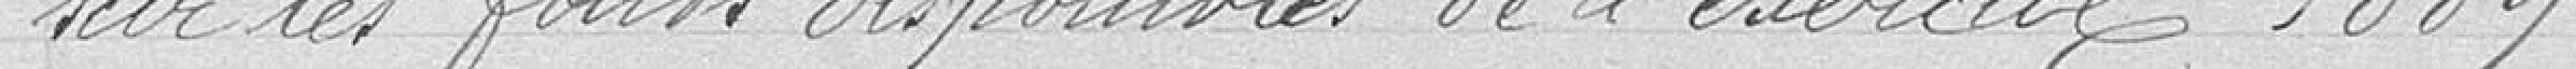
sur les fonds disponibles de l'exercice 1889.